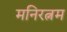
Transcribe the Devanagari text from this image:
मनिरत्नम